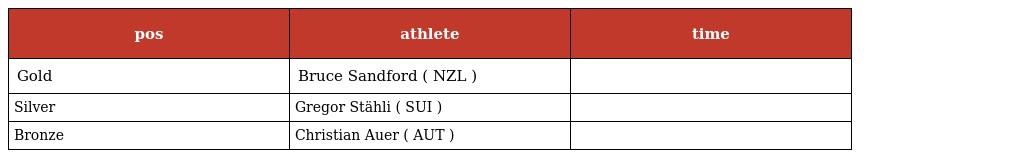
| pos | athlete | time |
 | --- | --- | --- |
 | Gold | Bruce Sandford ( NZL ) |  |
 | Silver | Gregor Stähli ( SUI ) |  |
 | Bronze | Christian Auer ( AUT ) |  |